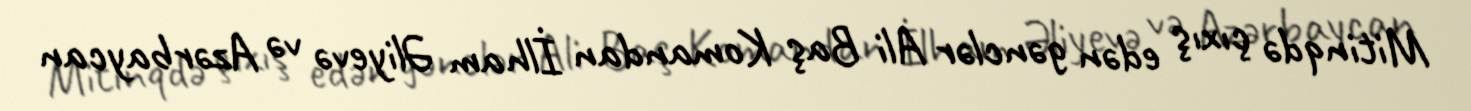
Mitinqdə çıxış edən gənclər Ali Baş Komandan İlham Əliyevə və Azərbaycan